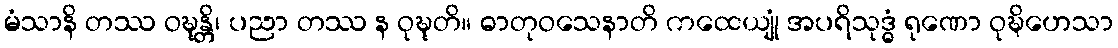
မံသာနိ တဿ ဝဍ္ဎုန္တိ၊ ပညာ တဿ န ဝုဍ္ဎုတိ။ ဓာတုဝသေနာတိ ကထေယျုံ အပရိသုဒ္ဓံ ရုဏော ဝုဍ္ဎိဟေသာ